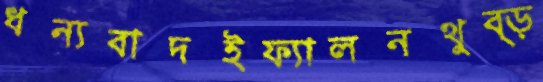
ধন্যবাদইফ্যালনথুব্‌ড়